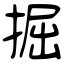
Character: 掘